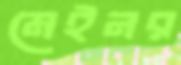
মেইনর